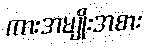
ကားအမျိုးအစား